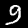
Digit: 9